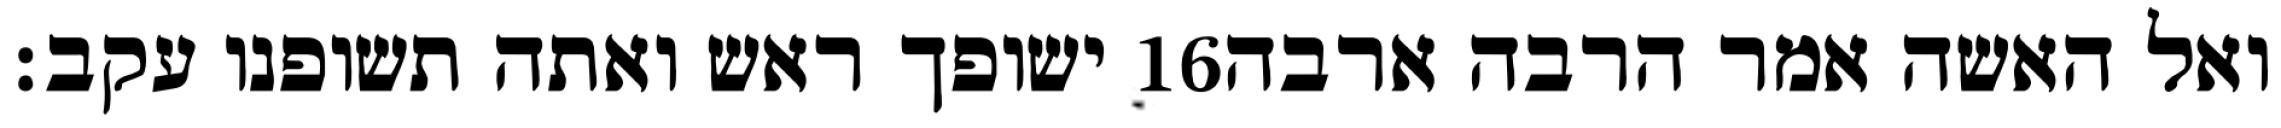
ישופך ראש ואתה תשופנו עקב׃ ‎16‏ ואל האשה אמר הרבה ארבה